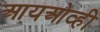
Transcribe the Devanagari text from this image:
आयओव्ही